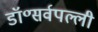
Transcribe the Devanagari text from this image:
डॉ॰सर्वपल्ली